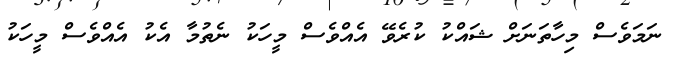
ނަމަވެސް މިހާތަނަށް ޝައްކު ކުރެވޭ އެއްވެސް މީހަކު ނެތުމާ އެކު އެއްވެސް މީހަކު